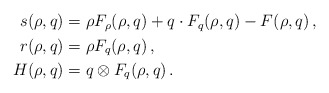
\begin{align*}\begin{aligned}s (\rho, q) &= \rho F_\rho (\rho, q) + q \cdot F_q (\rho, q) - F (\rho, q)\, ,\\r (\rho, q) &= \rho F_q (\rho, q)\, ,\\H(\rho , q) &= q \otimes F_q (\rho, q) \, .\end{aligned}\end{align*}